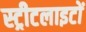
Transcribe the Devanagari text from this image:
स्‍ट्रीटलाइटों